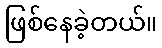
ဖြစ်နေခဲ့တယ်။